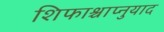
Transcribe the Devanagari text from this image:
शिफाश्चाप्नुयाद